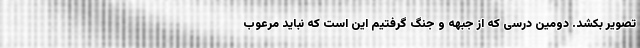
تصویر بکشد. دومین درسی که از جبهه و جنگ گرفتیم این است که نباید مرعوب